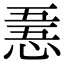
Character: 𢛤